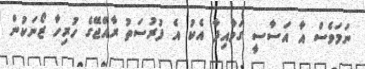
ނަމަވެސް އާ އަސާސީ ގަވާއިދާ އެކު އެ ފުރުސަތު ރާއްޖޭގެ ހުރިހާ ޒޯނަކުން